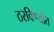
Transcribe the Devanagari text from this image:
ठरविण्यांत